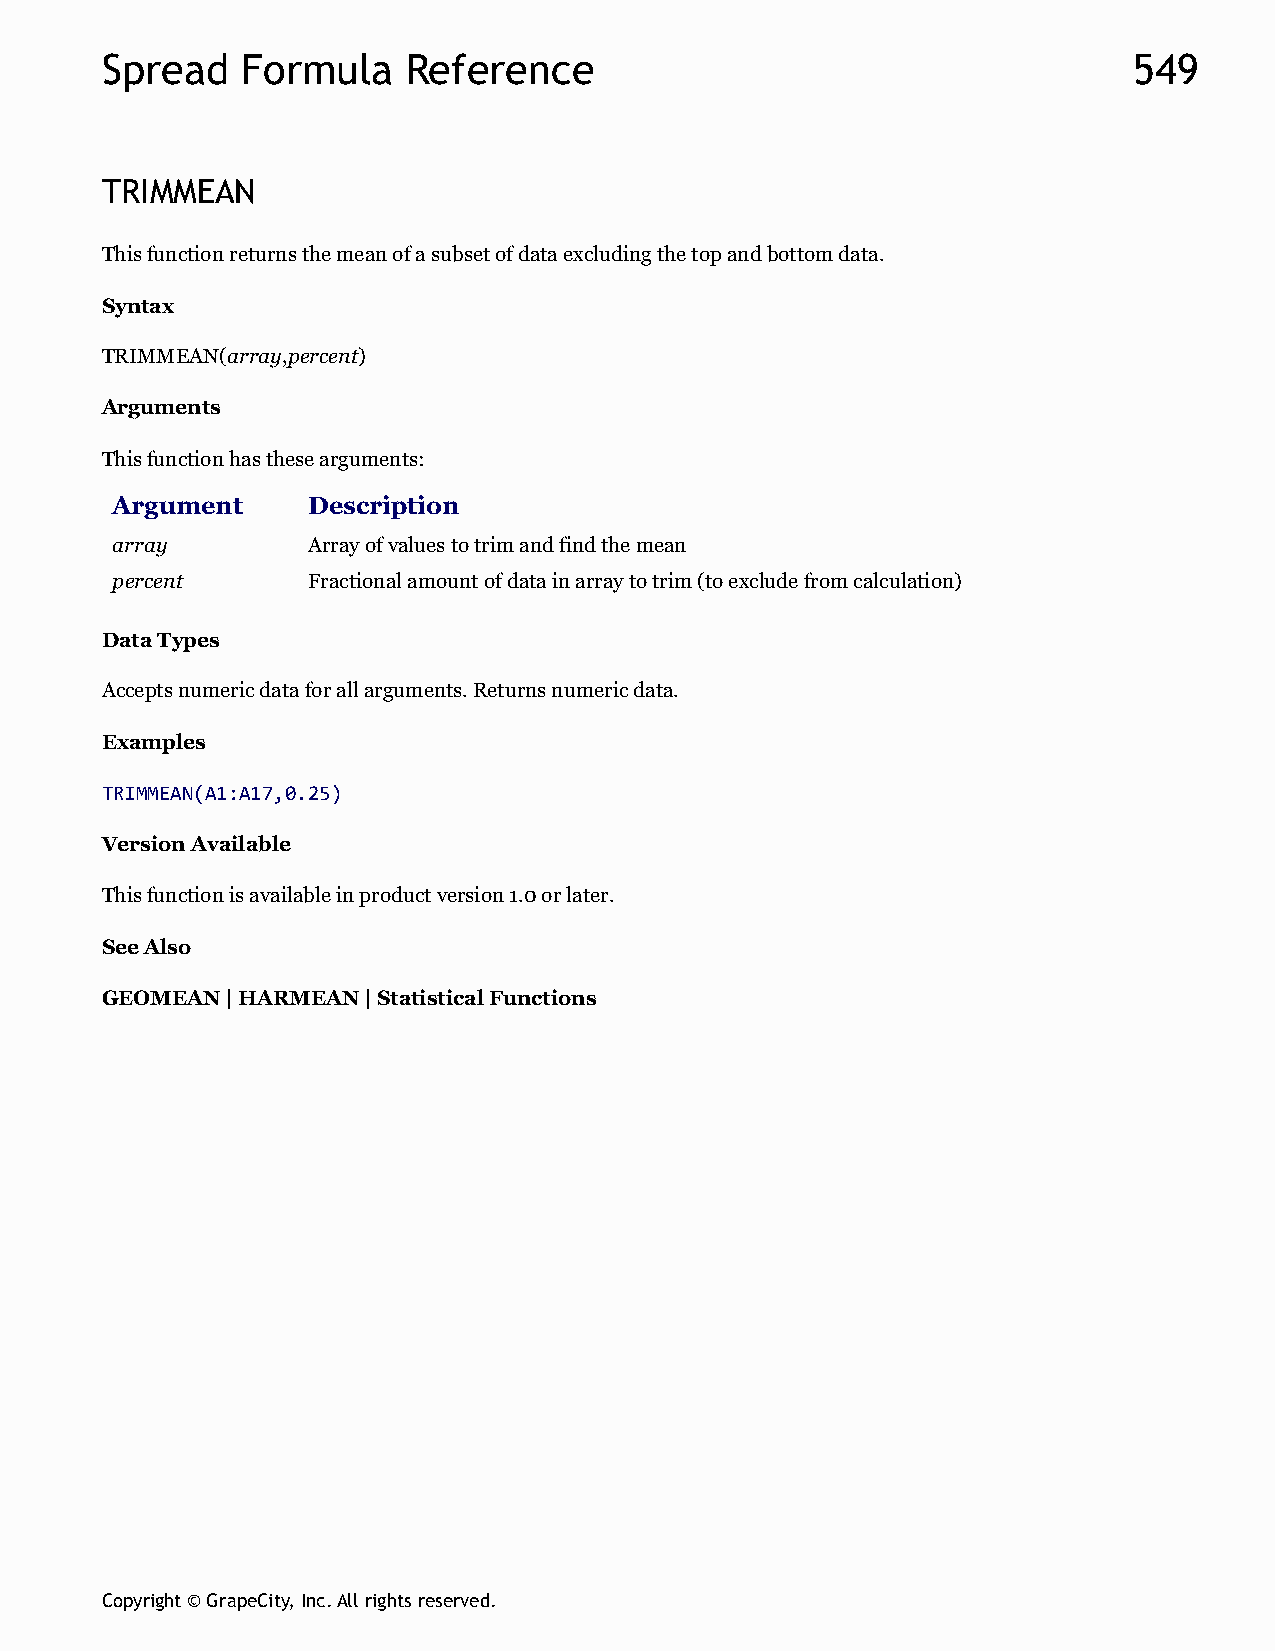
Spread   Formula    Reference                                       549
 TRIMMEAN
 This function returns the mean of a subset of data excluding the top and bottom data.
 Syntax
 TRIMMEAN(array,percent)
 Arguments
 This function has these arguments:
 Argument     Description
 array        Array of values to trim and find the mean
 percent      Fractional amount of data in array to trim (to exclude from calculation)
 Data Types
 Accepts numeric data for all arguments. Returns numeric data.
 Examples
 TRIMMEAN(A1:A17,0.25)
 Version Available
 This function is available in product version 1.0 or later.
 See Also
 GEOMEAN | HARMEAN | Statistical Functions
 Copyright © GrapeCity, Inc. All rights reserved.